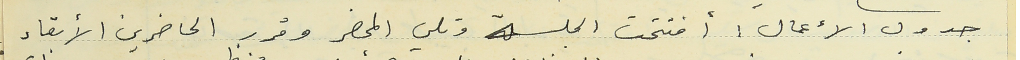
جدول الأعمال :  أفتتحت الجلسة وتلي المحضر وقرر الحاضرين الأبقاء